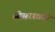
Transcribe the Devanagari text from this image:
श्रीसरस्वती